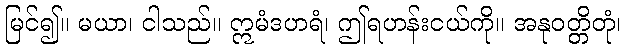
မြင်၍။ မယာ၊ ငါသည်။ ဣမံဒဟရံ၊ ဤရဟန်းငယ်ကို။ အနုဝတ္တိတုံ၊